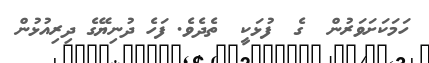
ހަމަކަށަވަރުން  ގެ  ފުޅަކީ  ތެދެވެ. ފަހެ ދުނިޔޭގެ ދިރިއުޅުން